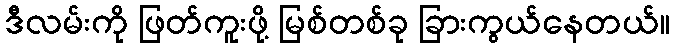
ဒီလမ်းကို ဖြတ်ကူးဖို့ မြစ်တစ်ခု ခြားကွယ်နေတယ်။